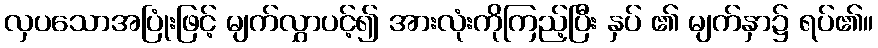
လှပသောအပြုံးဖြင့် မျက်လွှာပင့်၍ အားလုံးကိုကြည့်ပြီး နှပ် ၏ မျက်နှာ၌ ရပ်၏။